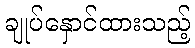
ချုပ်နှောင်ထားသည့်